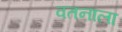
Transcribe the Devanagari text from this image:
वतनाला